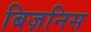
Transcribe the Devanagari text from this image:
बिज़निस